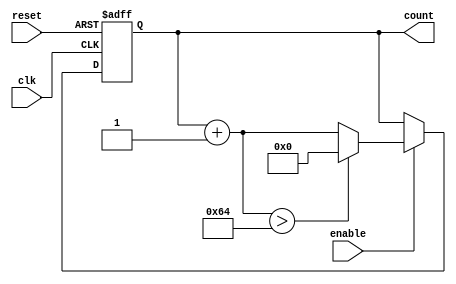
module parameterized_counter #(
    parameter MIN_VALUE = 0,
    parameter MAX_VALUE = 100,
    parameter STEP_SIZE = 1
)(
    input wire clk,
    input wire reset,
    input wire enable,
    output reg [31:0] count
);
    
    // Initial count value
    initial begin
        count = MIN_VALUE;
    end
    
    always @(posedge clk or posedge reset) begin
        if (reset) begin
            count <= MIN_VALUE; // Reset the counter to MIN_VALUE
        end else if (enable) begin
            // Increment the counter
            if (count + STEP_SIZE > MAX_VALUE) begin
                count <= MIN_VALUE; // Wrap around to MIN_VALUE
            end else begin
                count <= count + STEP_SIZE; // Increment by STEP_SIZE
            end
        end
    end

endmodule